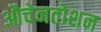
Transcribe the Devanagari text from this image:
औचेनतोशन